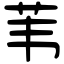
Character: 苇